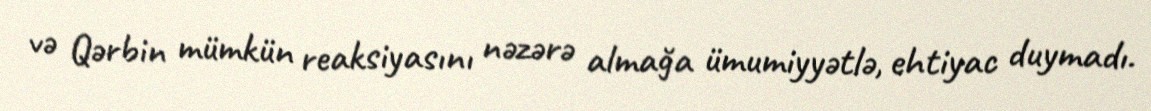
və Qərbin mümkün reaksiyasını nəzərə almağa ümumiyyətlə, ehtiyac duymadı.